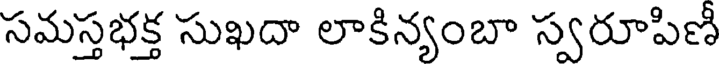
సమస్తభక్త సుఖదా లాకిన్యంబా స్వరూపిణీ